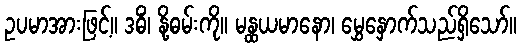
ဥပမာအားဖြင့်။ ဒဓိံ၊ နို့ဓမ်းကို။ မန္ထယမာနော၊ မွှေနှောက်သည်ရှိသော်။